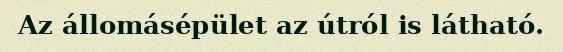
Az állomásépület az útról is látható.